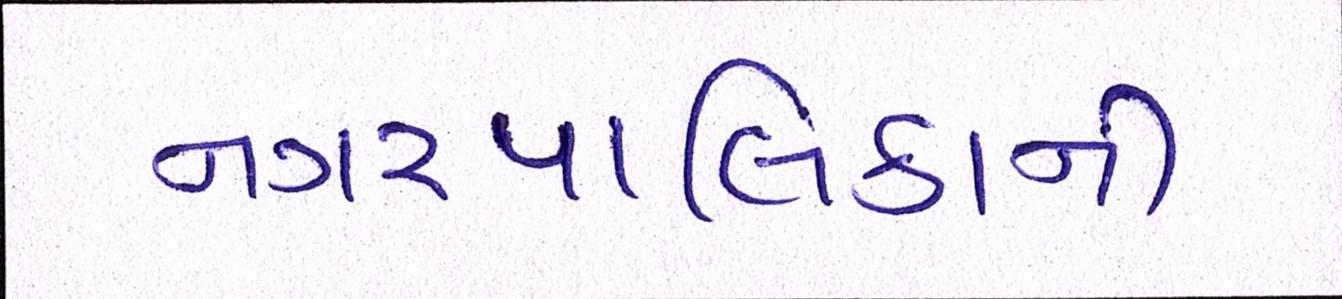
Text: નગરપાલિકાની